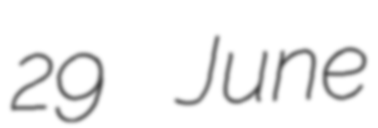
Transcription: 29 June